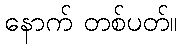
နောက် တစ်ပတ်။